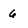
Character: 6